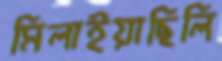
মিলাইয়াছিলি